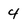
Character: 4